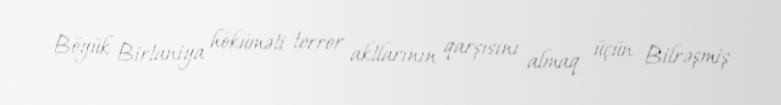
Böyük Birtaniya höküməti terror aktlarının qarşısını almaq üçün Bilrəşmiş